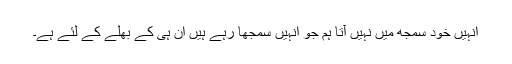
انہیں خود سمجھ میں نہیں آتا ہم جو انہیں سمجھا رہے ہیں ان ہی کے بھلے کے لئے ہے۔